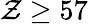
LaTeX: \mathcal{Z}\ge57